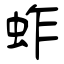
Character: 蚱